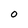
Character: O